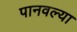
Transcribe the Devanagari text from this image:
पानवल्या